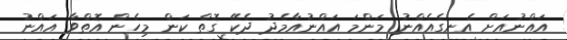
އައްނުއަށް އެނގެއެއްނު މަންމަ އައްނުއާމެދު ދެކޭ ގޮތް ކަން މިހެން އޮތްވާ އައްނު